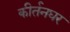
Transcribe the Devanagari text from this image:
कीर्तनघर